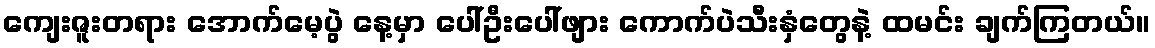
ကျေးဇူးတရား အောက်မေ့ပွဲ နေ့မှာ ပေါ်ဦးပေါ်ဖျား ကောက်ပဲသီးနှံတွေနဲ့ ထမင်း ချက်ကြတယ်။